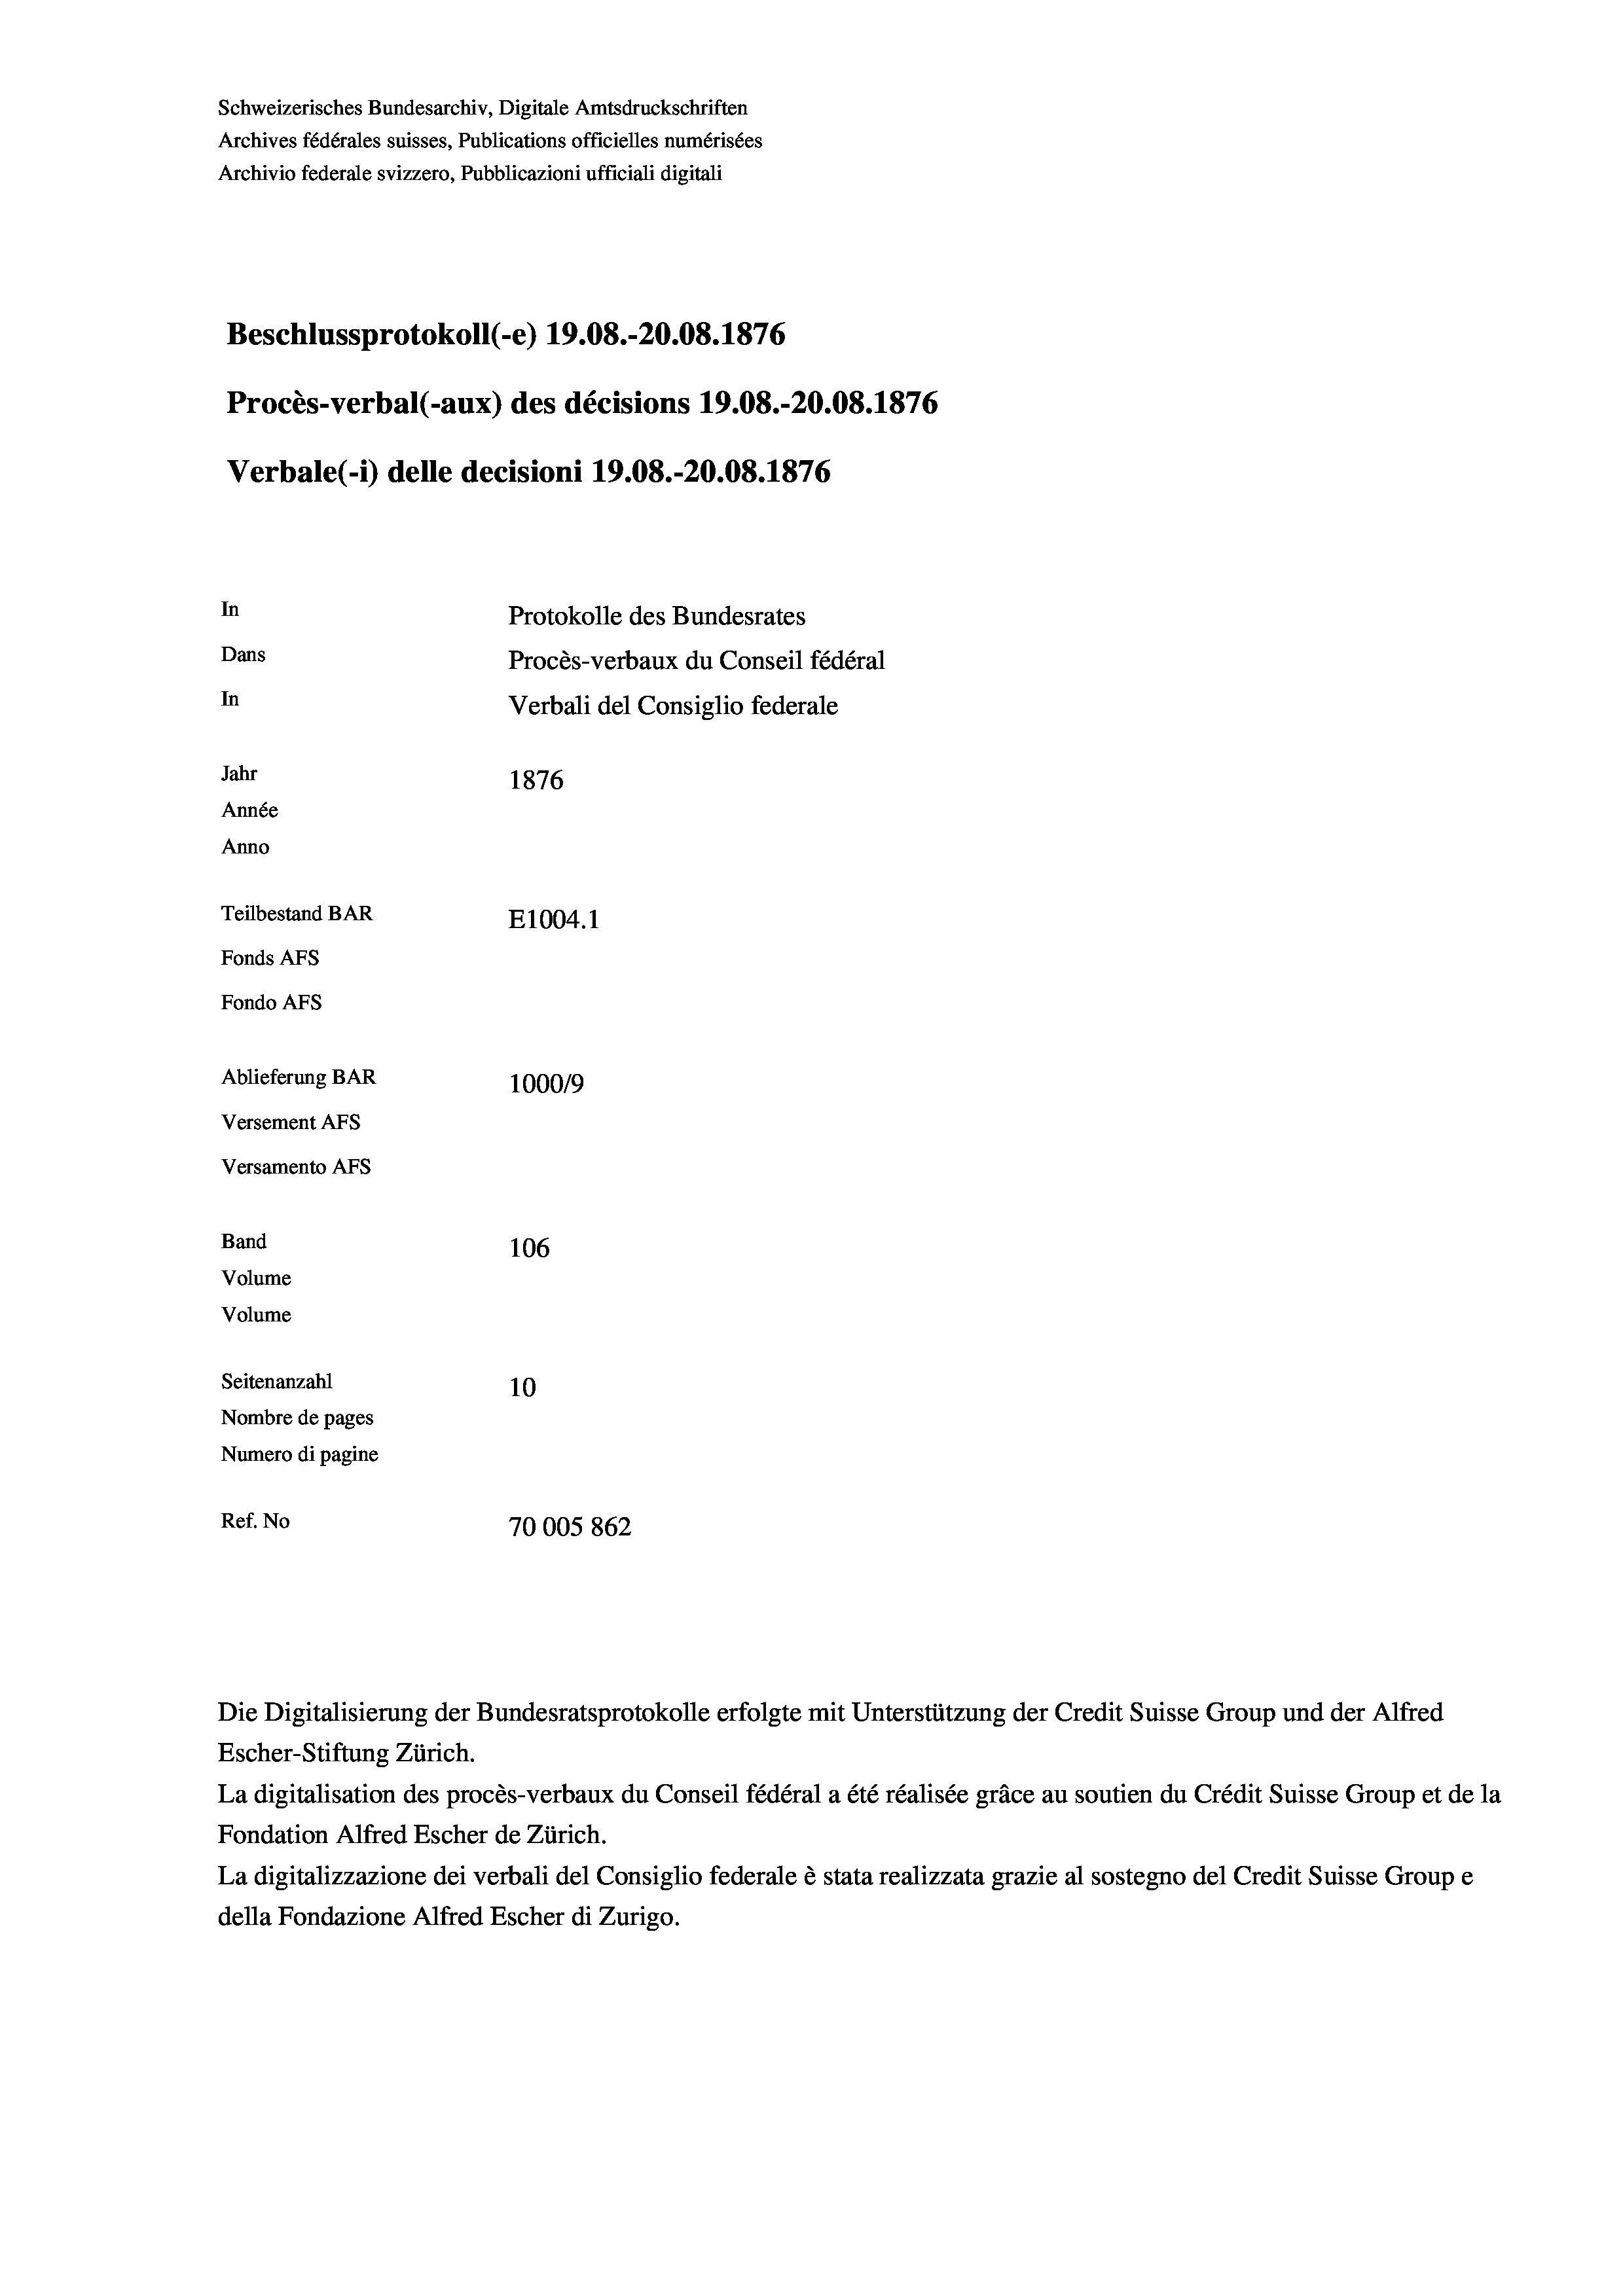
Schweizerisches Bundesarchiv, Digitale Amtsdruckschriften
Archives fédérales suisses, Publications officielles numérisées
Archivio federale svizzero, Pubblicazioni ufficiali digitali
Beschlussprotokoll (-e) 19.08.-20.08. 1876
Procès-verbal (-aux) des décisions 19.08.-20.08. 1876
Verbale (i) delle decisioni 19.08.-20.08. 1876
In
Protokolle des Bundesrates
Dans
Procès-verbaux du Conseil fédéral
In
Verbali del Consiglio federale
Jahr
1876
Année
Anno
Teilbestand BAR
E1004.1
Fonds AFs
Fondo Afs
Ablieferung BAR
10009
Versement Ans
Versamento AFs

106
Seitenanzahl
10
Nombre de pages
Numero di pagine
Ref. No
70005862

Band
Volume
Volume

Escher-Stiftung Zürich.
La digitalisation des procès-verbaux du Conseil fédéral a été réalisée gräce au soutien du Crédit Suisse Group et de la
Fondation Alfred Escher de Zürich.
La digitalizzazione dei verbali del Consiglio federale è stata realizzata grazie al sostegno del Credit Suisse Groupe
della Fondazione Alfred Escher di Zurigo.

Die Digitalisierung der Bundesratsprotokolle erfolgte mit Unterstützung der Credit Suisse Group und der Alfred